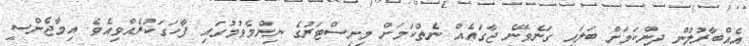
އެއްބާރުލުން ދިންކަމަށް ބަލައި ގަނެވޭނެ ޖާގައެއް ނެތްކަމަށް މިނިސްޓަރުގެ ނިންމެވުމުގައި ފާހަގަކުރެއްވިއެވެ. އިމާޖެންސީ